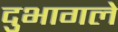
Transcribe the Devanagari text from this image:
दुभागले